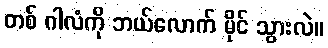
တစ် ဂါလံကို ဘယ်လောက် မိုင် သွားလဲ။